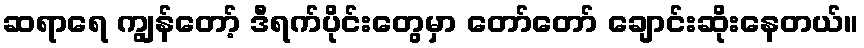
ဆရာရေ ကျွန်တော့် ဒီရက်ပိုင်းတွေမှာ တော်တော် ချောင်းဆိုးနေတယ်။